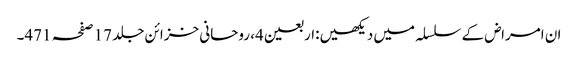
ان امراض کے سلسلہ میں دیکھیں:اربعین4، روحانی خزائن جلد 17 صفحہ 471۔